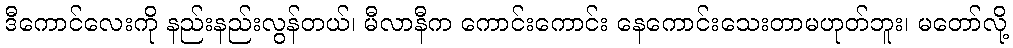
ဒီကောင်လေးကို နည်းနည်းလွန်တယ်၊ မီလာနီက ကောင်းကောင်း နေကောင်းသေးတာမဟုတ်ဘူး၊ မတော်လို့